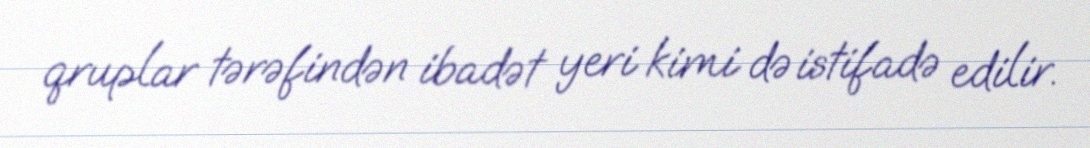
qruplar tərəfindən ibadət yeri kimi də istifadə edilir.